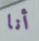
أنا